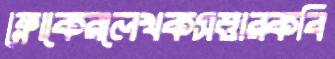
ফ্লোকেরলেখকসত্তারকবি